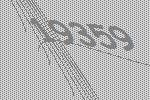
19359